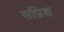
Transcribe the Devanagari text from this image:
सप्रिङ